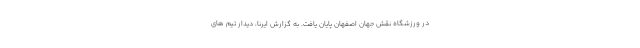
در ورزشگاه نقش جهان اصفهان پایان یافت. به گزارش ایرنا، دیدار تیم های